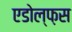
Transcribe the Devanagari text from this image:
एडोल्फ़स